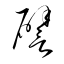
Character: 譬